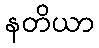
နတိယာ